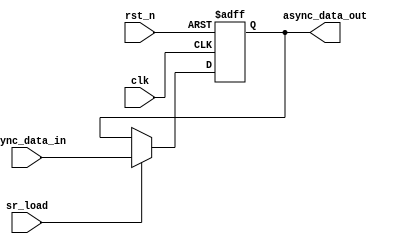
// This program was cloned from: https://github.com/chipsalliance/aib-phy-hardware
// License: Apache License 2.0

// SPDX-License-Identifier: Apache-2.0
// Copyright (C) 2019 Intel Corporation. 
module hdpldadapt_async_update 
 #(
    parameter AWIDTH    = 1,    // Async input width
    parameter RESET_VAL = 0     // Reset value
  )
(
input  wire              clk,     
input  wire              rst_n,   
input  wire              sr_load,
input  wire [AWIDTH-1:0] async_data_in, 
output reg  [AWIDTH-1:0] async_data_out 
);

localparam reset_value = (RESET_VAL == 1) ? 1'b1 : 1'b0;

always @(negedge rst_n or posedge clk)
  if (rst_n == 1'b0)
    begin
      async_data_out[AWIDTH-1:0] <= {(AWIDTH){reset_value}};
    end
  else
    begin
      async_data_out[AWIDTH-1:0] <= sr_load ? async_data_in[AWIDTH-1:0] : async_data_out[AWIDTH-1:0];
    end


endmodule